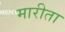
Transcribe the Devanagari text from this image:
मारीता